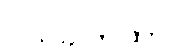
ဝိသိခါကထာ